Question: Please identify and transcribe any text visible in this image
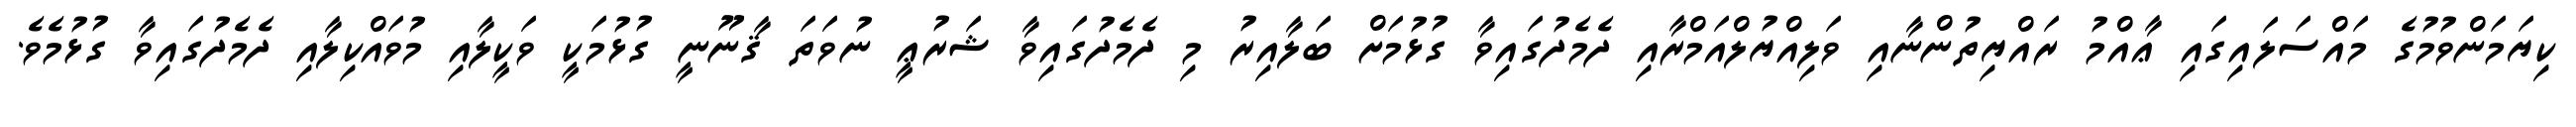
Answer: ކިޔަމަންވުމުގެ މައްސަލައިގައި ޢާއްމު ރައްޔިތުންނާއި ވަލިއްޔުލްއަމްރާއި ދެމެދުގައިވާ ގުޅުމަށް ބަލާއިރު މި ދެމެދުގައިވާ ޝަރުޢީ ނުވަތަ ޤާނޫނީ ގުޅުމަކީ ވަކީލާއި މުވައްކިލާއި ދެމެދުގައިވާ ގުޅުމެވެ.